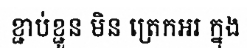
ខ្ជាប់ខ្ជួន មិន ត្រេកអរ ក្នុង